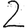
Digit: 2